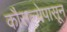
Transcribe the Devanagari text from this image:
कौसल्येपासून